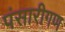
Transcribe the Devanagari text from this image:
पंसारीगण